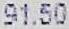
91.50